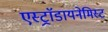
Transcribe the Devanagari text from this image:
एस्ट्राॅडायनेमिस्ट